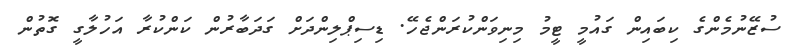
ސުޒޭނުމެންގެ ކިބައިން ގައުމީ ޓީމު މިނިވަންކުރަންޖެހޭ. ޑިސިޕްލިންދަށް ގަދަބާރުން ކަންކުރާ އަހުލާގީ ގޮތުން